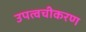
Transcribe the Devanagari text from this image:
उपत्वचीकरण